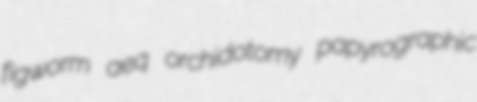
figworm aeq orchidotomy papyrographic